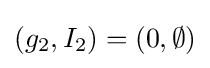
(g_{2},I_{2})=(0,\emptyset )